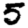
Digit: 5